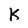
Character: k